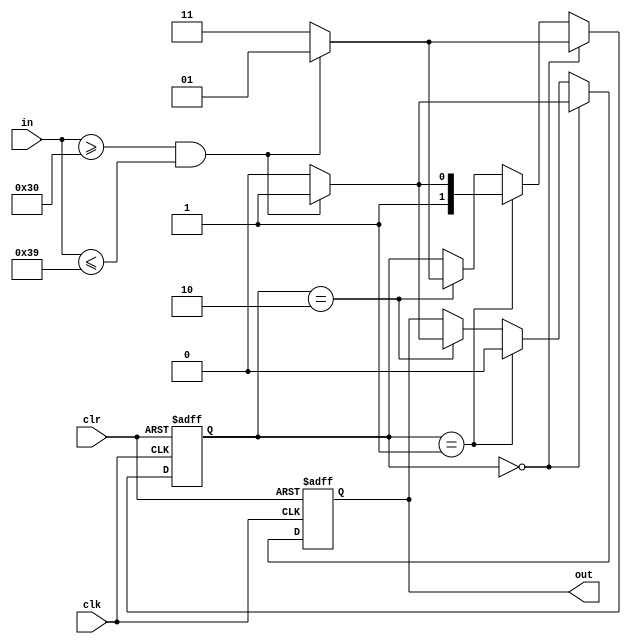
`timescale 1ns / 1ps
//////////////////////////////////////////////////////////////////////////////////
// Company: 
// Engineer: 
// 
// Design Name: 
// Module Name:    string 
// Project Name: 
// Target Devices: 
// Tool versions: 
// Description: 
//
// Dependencies: 
//
// Revision: 
// Revision 0.01 - File Created
// Additional Comments: 
//
//////////////////////////////////////////////////////////////////////////////////
module string(
  input clk,
  input clr,
  input [7:0]in,
  output reg out
  );
  reg [1:0]temp;
  parameter [1:0]S0 = 0;
  parameter [1:0]S1 = 1;
  parameter [1:0]S2 = 2;
  parameter [1:0]S3 = 3;
  initial
  begin
    temp<=0;
  end
  always @(posedge clk or posedge clr) 
  begin
    if(clr)
      begin
        temp<=0;
        out<=0;
      end
    else
      begin
        if(temp==S0)
          begin
              if(in>="0"&&in<="9")
                begin
                  temp<=S1;
                  out<=1;
                end
              else
                begin
                  temp<=S3;
                  out<=0;
                end
          end
        else if(temp==S1)
          begin
            if(in>="0"&&in<="9")
              begin
                temp<=S3;
                out<=0;
              end
            else
              begin
                temp<=S2;
                out<=0;
              end
          end
        else if(temp==S2)
          begin
            if(in>="0"&&in<="9")
              begin
                temp<=S1;
                out<=1;
              end
            else 
              begin
                temp<=S3;
                out<=0;
              end
          end
      end
  end

endmodule